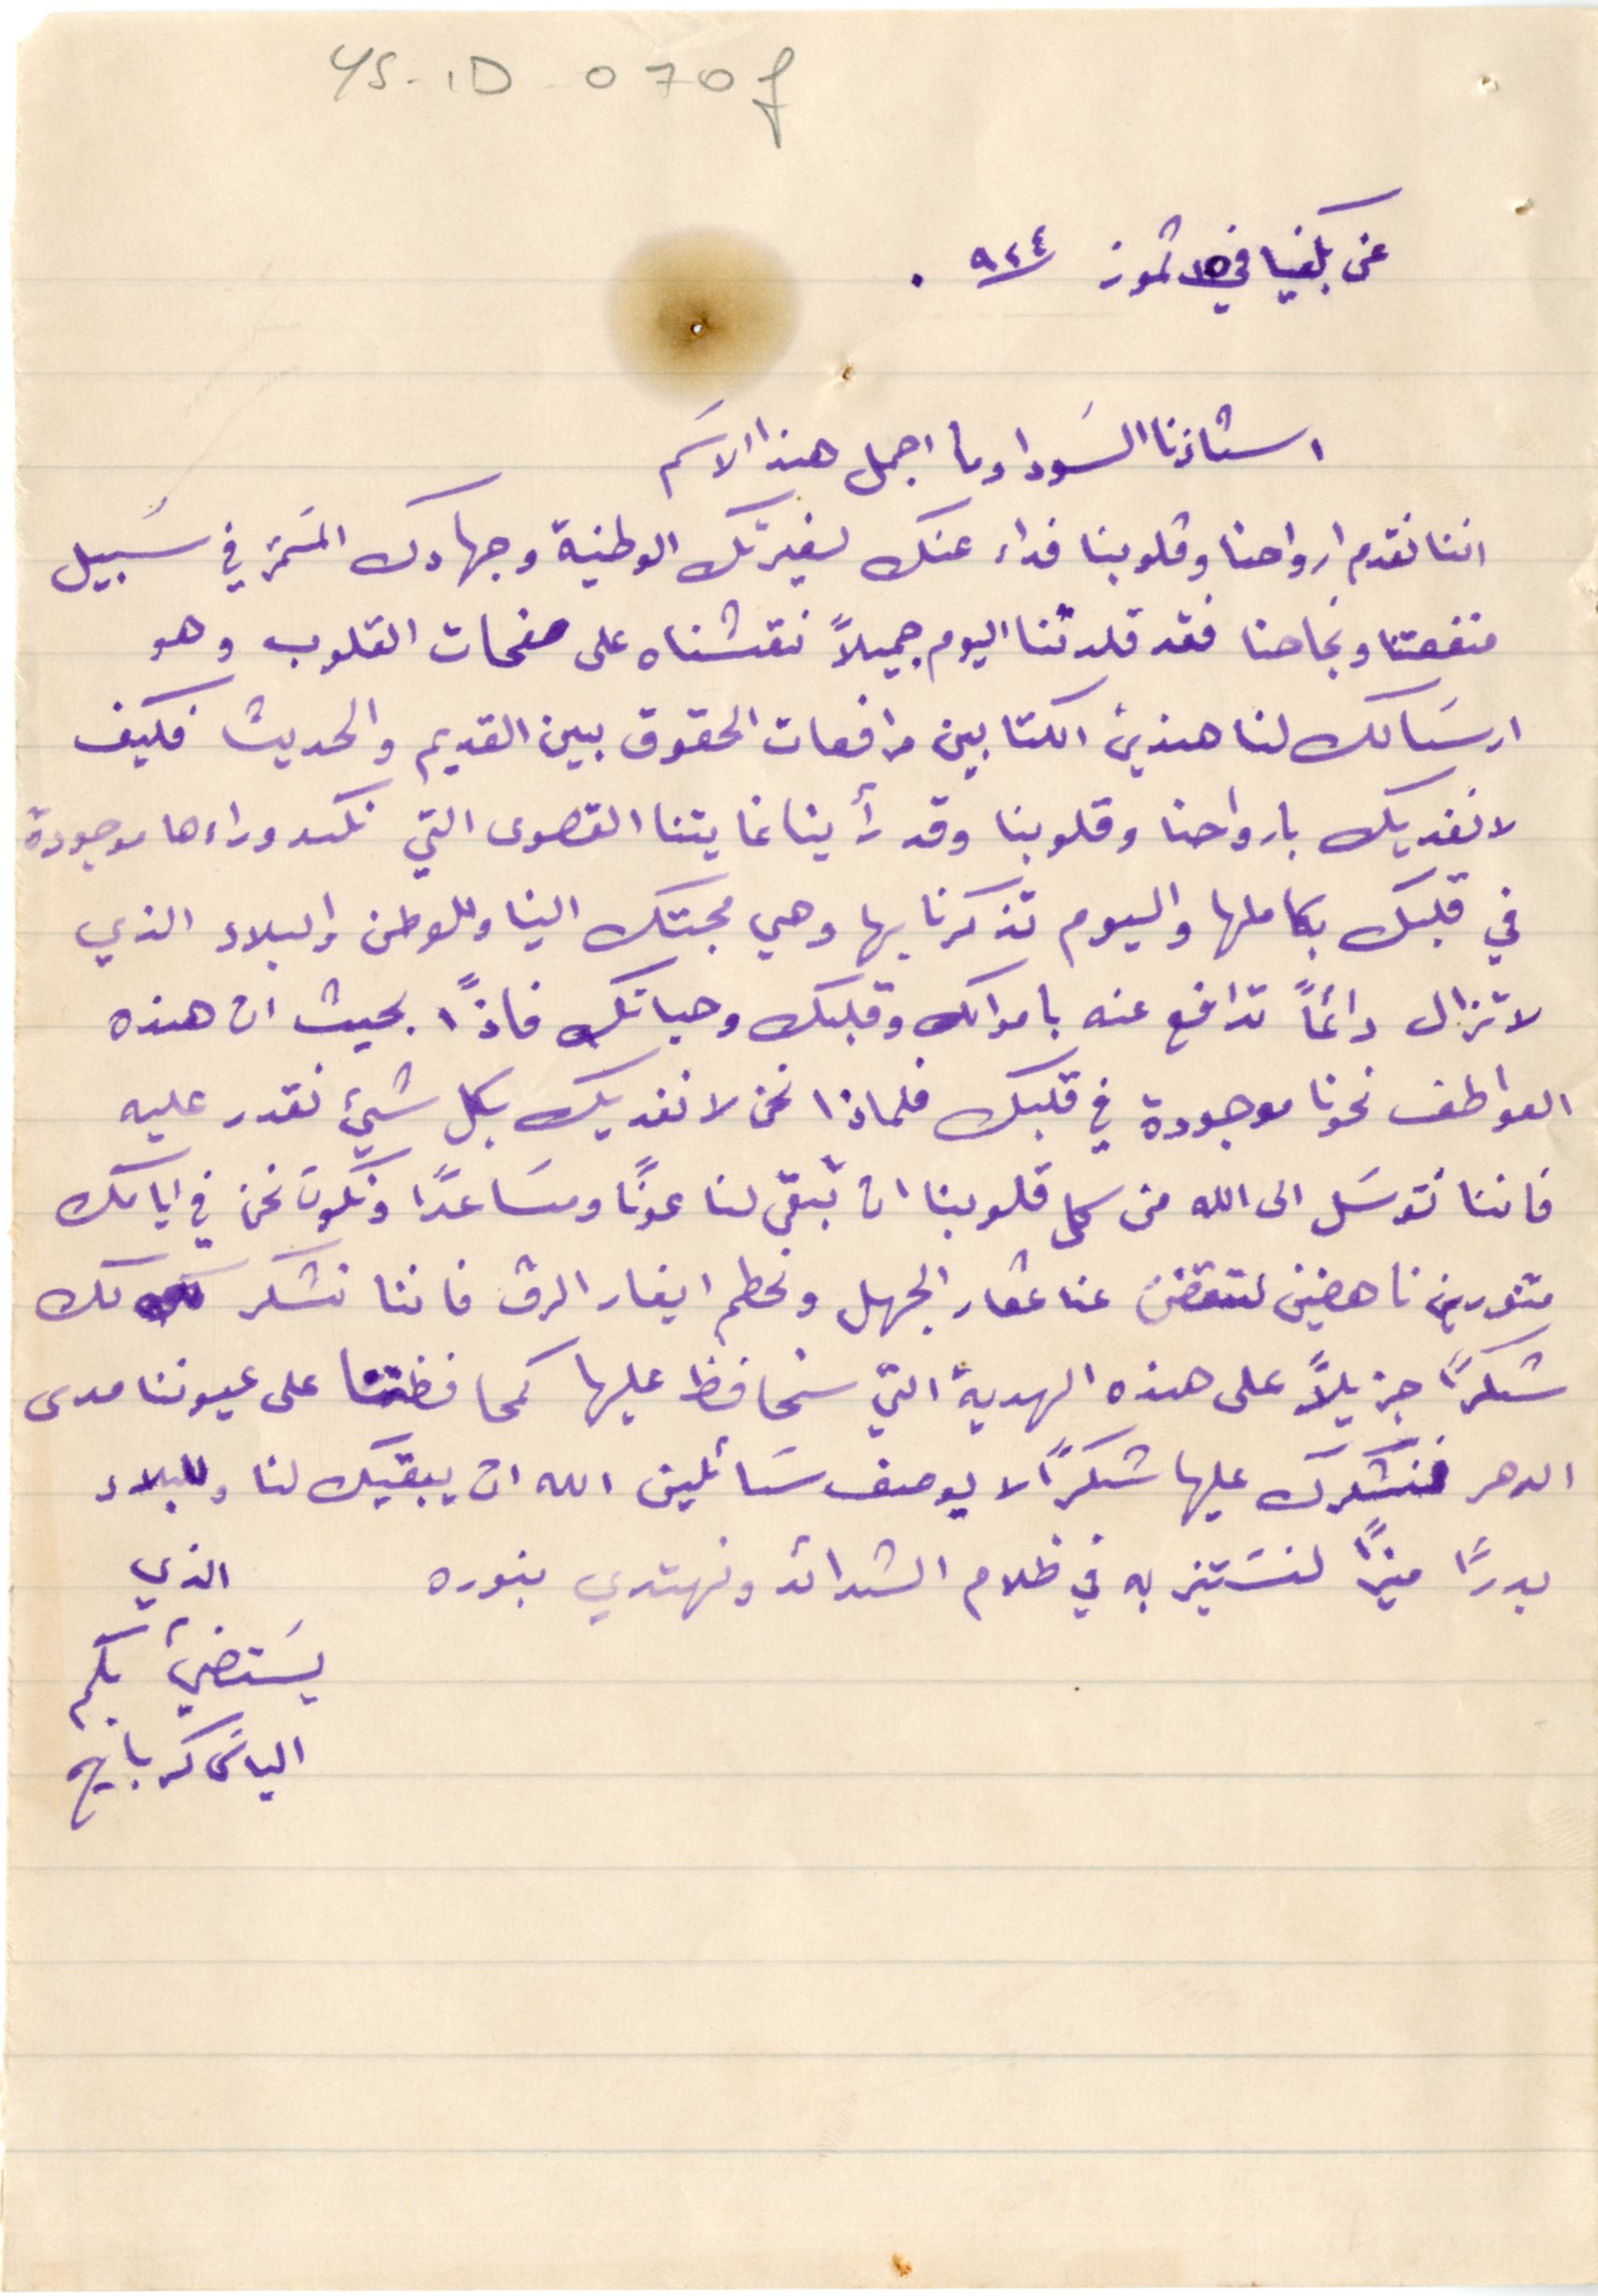
YS - 1D  070f
عن بكفيا في ١٥ تموز /٩٢٤.
استاذنا السَودا وما اجمل هذا الاسَم
اننا نقدم ارواحنا وقلوبنا فداء عنك لغيرتك الوطنية وجهادك المسَتمر في سَبيل
منفعتنا ونجاحنا فقد قلدتنا اليوم جميلاً نقشناه على صفحات القلوب وهو
ارسَالك لنا هذين الكتابين مرافعات الحقوق بين القديم والحديث فكيف
لا نفديك بارواحنا وقلوبنا وقد رأينا غايتنا القصوى التي نكد وراءها موجودة
في قلبك بكاملها واليوم تذكرنا بها وهي محبتك الينا وللوطن والبلاد الذي
لا تزال دائماً تدافع عنه باموالك وقلبك وحياتك فاذًا بحيث ان هذه
العواطف نحونا موجودة في قلبك فلماذا نحن لا نفديك بكل شيئ نقدر عليه
فاننا نتوسَل الى الله من كل قلوبنا ان تبقى لنا عونًا ومسَاعدًا ونكون نحن في ايامك
متنورين ناهضين لتقضى عنا عقار الجهل ونحطم ايغار الرق فاننا نشكر لك
شكرًا جزيلًا على هذه الهدية التي سنحافظ عليها كمحافظتنا على عيوننا مدى
الدهر فنشكرك عليها شكرًا لا يوصف  سَائلين الله ان يبقيك لنا وللبلاد
بدرًا منيرًا لنسَتنير به في ظلام الشدائد ونهتدي بنوره
الذي
يستضيء بكم
الياسَ كرباج